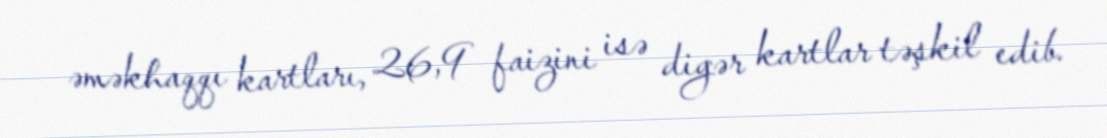
əməkhaqqı kartları, 26,9 faizini isə digər kartlar təşkil edib.